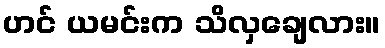
ဟင် ယမင်းက သိလှချေလား။